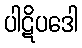
ပါဋိပဒေါ